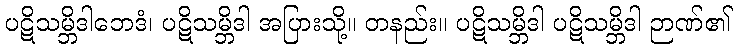
ပဋိသမ္ဘိဒါဘေဒံ၊ ပဋိသမ္ဘိဒါ အပြားသို့။ တနည်း။ ပဋိသမ္ဘိဒါ ပဋိသမ္ဘိဒါ ဉာဏ်၏